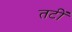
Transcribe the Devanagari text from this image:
तटीं